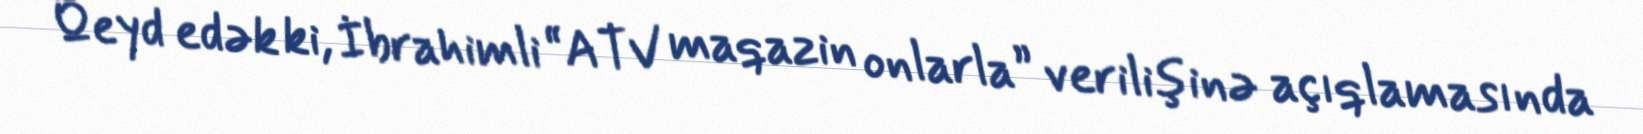
Qeyd edək ki, İbrahimli “ATV maqazin onlarla” verilişinə açıqlamasında